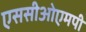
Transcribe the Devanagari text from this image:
एससीओएमपी